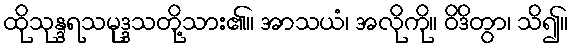
ထိုသုန္ဒရသမုဒ္ဒသတို့သား၏။ အာသယံ၊ အလိုကို။ ဝိဒိတွာ၊ သိ၍။